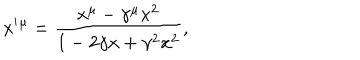
LaTeX: x ^ { \prime } { } ^ { \mu } = \frac { x ^ { \mu } - \gamma ^ { \mu } x ^ { 2 } } { 1 - 2 \gamma x + \gamma ^ { 2 } x ^ { 2 } } ,